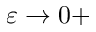
\varepsilon \rightarrow 0 +